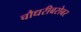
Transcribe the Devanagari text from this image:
चौधरीबरोबर